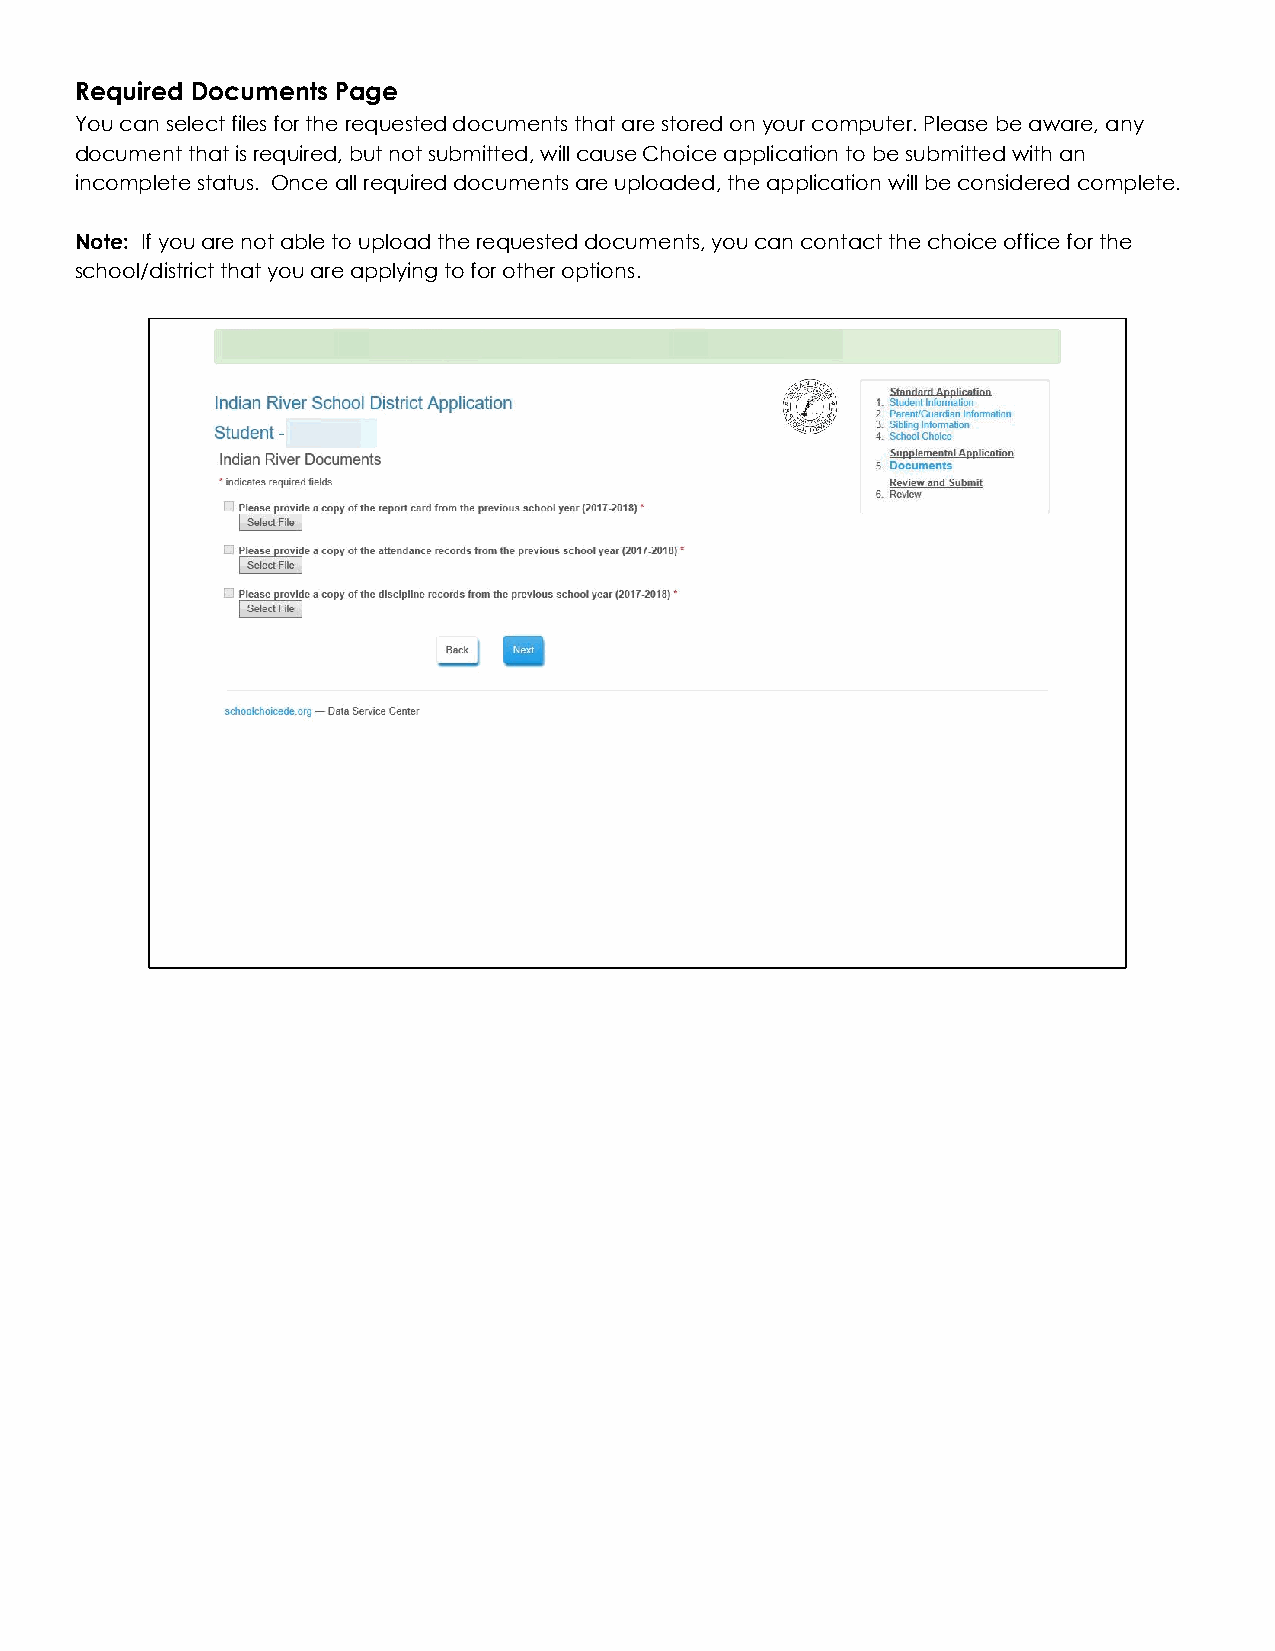
Required Documents Page
 You can select files for the requested documents that are stored on your computer. Please be aware, any
 document that is required, but not submitted, will cause Choice application to be submitted with an
 incomplete status. Once all required documents are uploaded, the application will be considered complete.
 Note: If you are not able to upload the requested documents, you can contact the choice office for the
 school/district that you are applying to for other options.